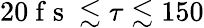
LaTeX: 20\mathrm{~f~s~}\lesssim\tau\lesssim 150